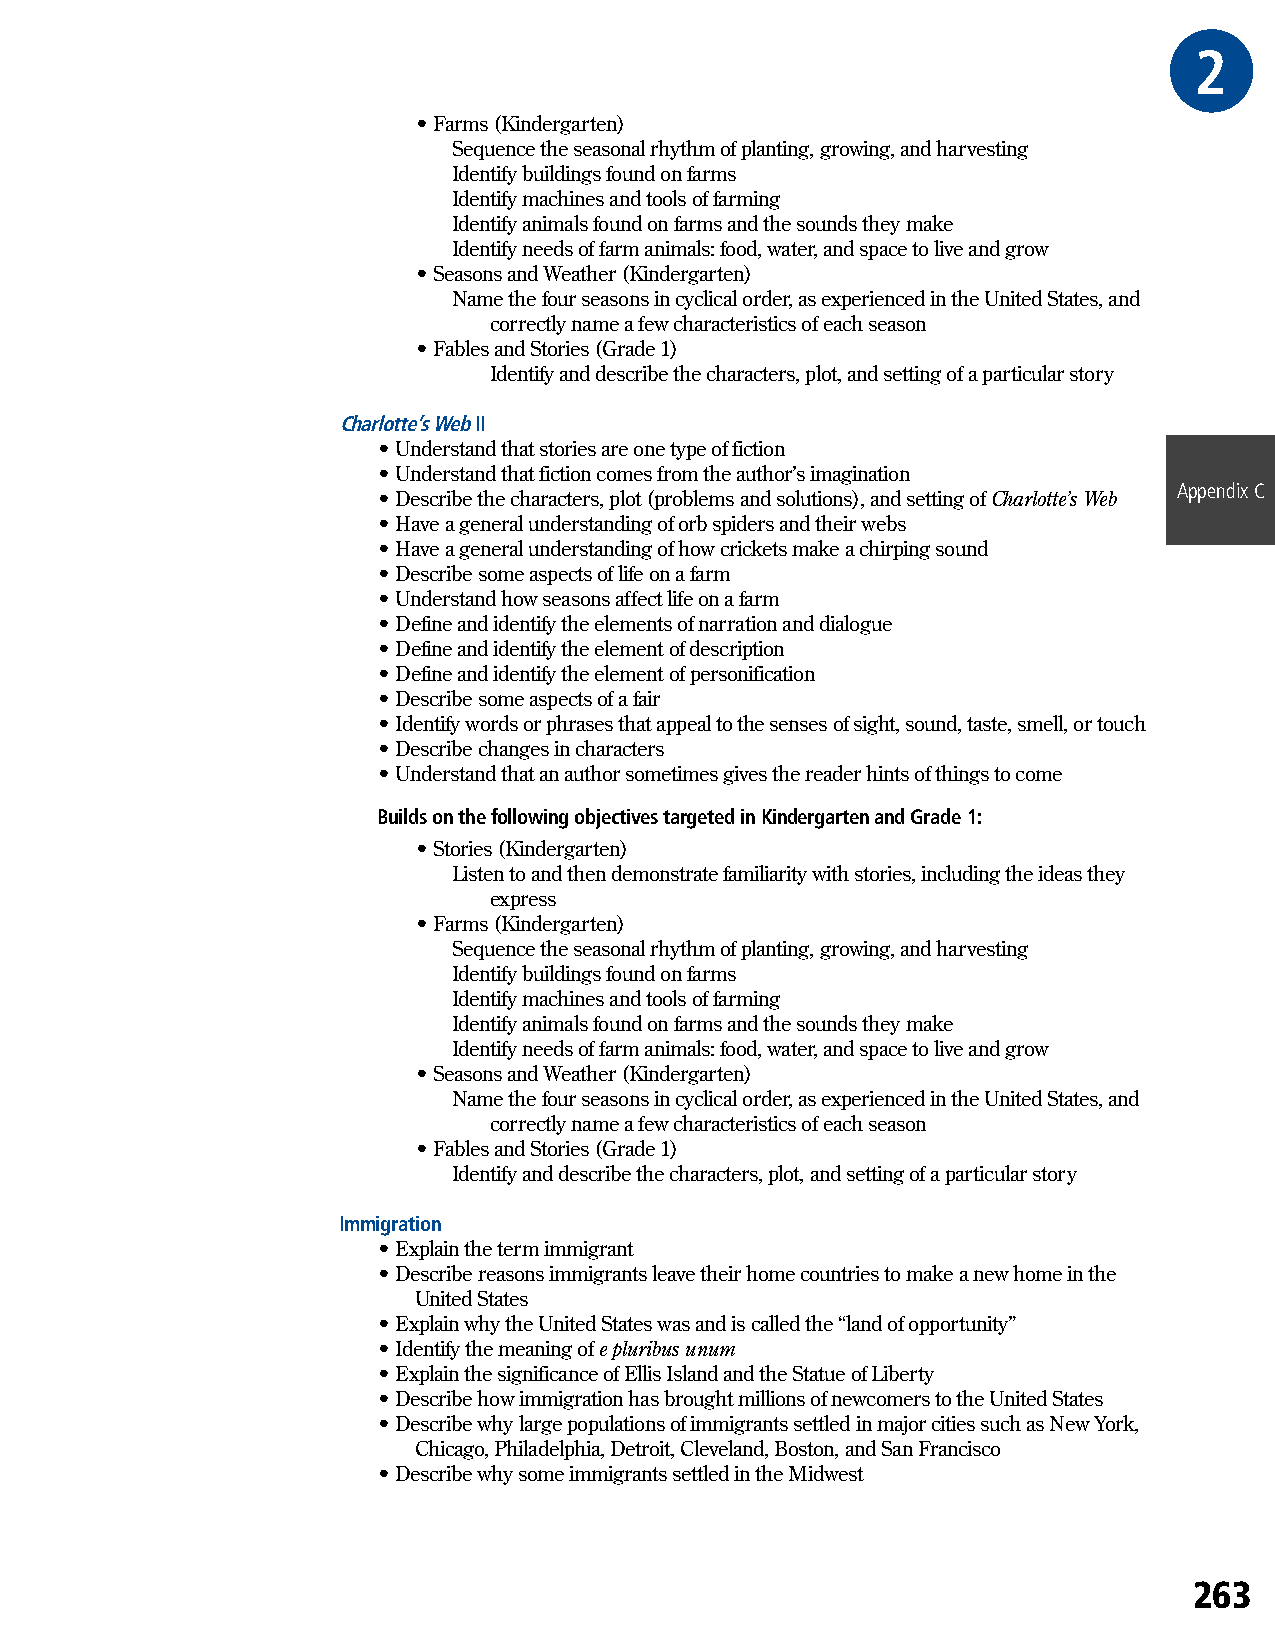
2GRA
 • Farms (Kindergarten)
 Sequence the seasonal rhythm of planting, growing, and harvesting
 Identify buildings found on farms
 Identify machines and tools of farming
 Identify animals found on farms and the sounds they make
 Identify needs of farm animals: food, water, and space to live and grow
 • Seasons and Weather (Kindergarten)
 Name the four seasons in cyclical order, as experienced in the United States, and
 correctly name a few characteristics of each season
 • Fables and Stories (Grade 1)
 Identify and describe the characters, plot, and setting of a particular story
 Charlotte’s Web II
 • Understand that stories are one type of fiction
 • Understand that fiction comes from the author’s imagination
 Appendix C
 • Describe the characters, plot (problems and solutions), and setting of Charlotte’s Web
 • Have a general understanding of orb spiders and their webs
 • Have a general understanding of how crickets make a chirping sound
 • Describe some aspects of life on a farm
 • Understand how seasons affect life on a farm
 • Define and identify the elements of narration and dialogue
 • Define and identify the element of description
 • Define and identify the element of personification
 • Describe some aspects of a fair
 • Identify words or phrases that appeal to the senses of sight, sound, taste, smell, or touch
 • Describe changes in characters
 • Understand that an author sometimes gives the reader hints of things to come
 Builds on the following objectives targeted in Kindergarten and Grade 1:
 • Stories (Kindergarten)
 Listen to and then demonstrate familiarity with stories, including the ideas they
 express
 • Farms (Kindergarten)
 Sequence the seasonal rhythm of planting, growing, and harvesting
 Identify buildings found on farms
 Identify machines and tools of farming
 Identify animals found on farms and the sounds they make
 Identify needs of farm animals: food, water, and space to live and grow
 • Seasons and Weather (Kindergarten)
 Name the four seasons in cyclical order, as experienced in the United States, and
 correctly name a few characteristics of each season
 • Fables and Stories (Grade 1)
 Identify and describe the characters, plot, and setting of a particular story
 Immigration
 • Explain the term immigrant
 • Describe reasons immigrants leave their home countries to make a new home in the
 United States
 • Explain why the United States was and is called the “land of opportunity”
 • Identify the meaning of e pluribus unum
 • Explain the significance of Ellis Island and the Statue of Liberty
 • Describe how immigration has brought millions of newcomers to the United States
 • Describe why large populations of immigrants settled in major cities such as New York,
 Chicago, Philadelphia, Detroit, Cleveland, Boston, and San Francisco
 • Describe why some immigrants settled in the Midwest
 263